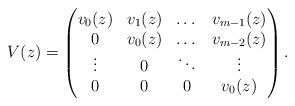
LaTeX: \begin{align*}V(z) = \begin{pmatrix} v_0(z) & v_1(z) & \dots & v_{m-1}(z) \\ 0 & v_0(z) & \dots & v_{m-2}(z)\\ \vdots & 0 & \ddots & \vdots \\ 0 & 0 & 0 & v_{0}(z) \end{pmatrix}. \end{align*}